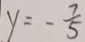
y = - \frac { 7 } { 5 }